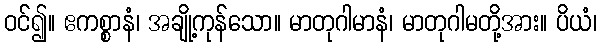
ဝင်၍။ ဧကစ္စာနံ၊ အချို့ကုန်သော။ မာတုဂါမာနံ၊ မာတုဂါမတို့အား။ ပိယံ၊